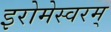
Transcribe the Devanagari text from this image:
इरोमेस्वरम्